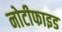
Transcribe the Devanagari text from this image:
नोटीफाइड